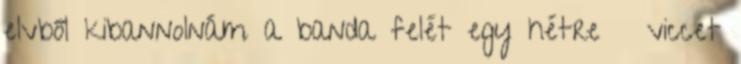
elvből kibannolnám a banda felét egy hétre 🙂 viccet